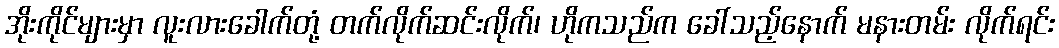
အိုးကိုင်များမှာ လူးလားခေါက်တုံ့ တက်လိုက်ဆင်းလိုက်၊ ဟိုကသည်က ခေါ်သည့်နောက် မနားတမ်း လိုက်ရင်း